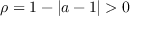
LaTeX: \rho = 1 - | a - 1 | > 0